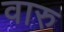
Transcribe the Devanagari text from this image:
वारु